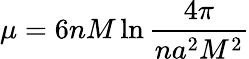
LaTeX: \mu=6nM\ln\frac{4\pi}{na^{2}M^{2}}